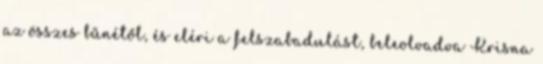
az összes bűnétől, és eléri a felszabadulást, beleolvadva Krisna